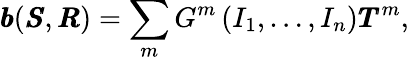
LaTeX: \pmb{b}(\pmb{S},\pmb{R})=\sum_{m}G^{m}\left(I_{1},\ldots,I_{n}\right)\pmb{T}^{m},